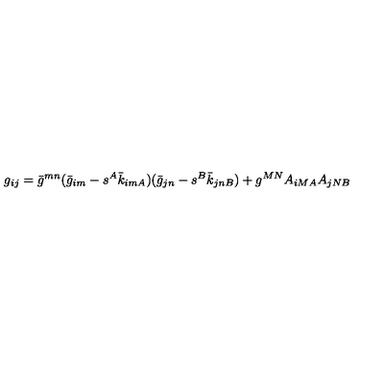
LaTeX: g _ { i j } = \bar { g } ^ { m n } ( \bar { g } _ { i m } - s ^ { A } \bar { k } _ { i m A } ) ( \bar { g } _ { j n } - s ^ { B } \bar { k } _ { j n B } ) + g ^ { M N } A _ { i M A } A _ { j N B }